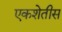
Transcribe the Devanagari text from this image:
एकशेतीस